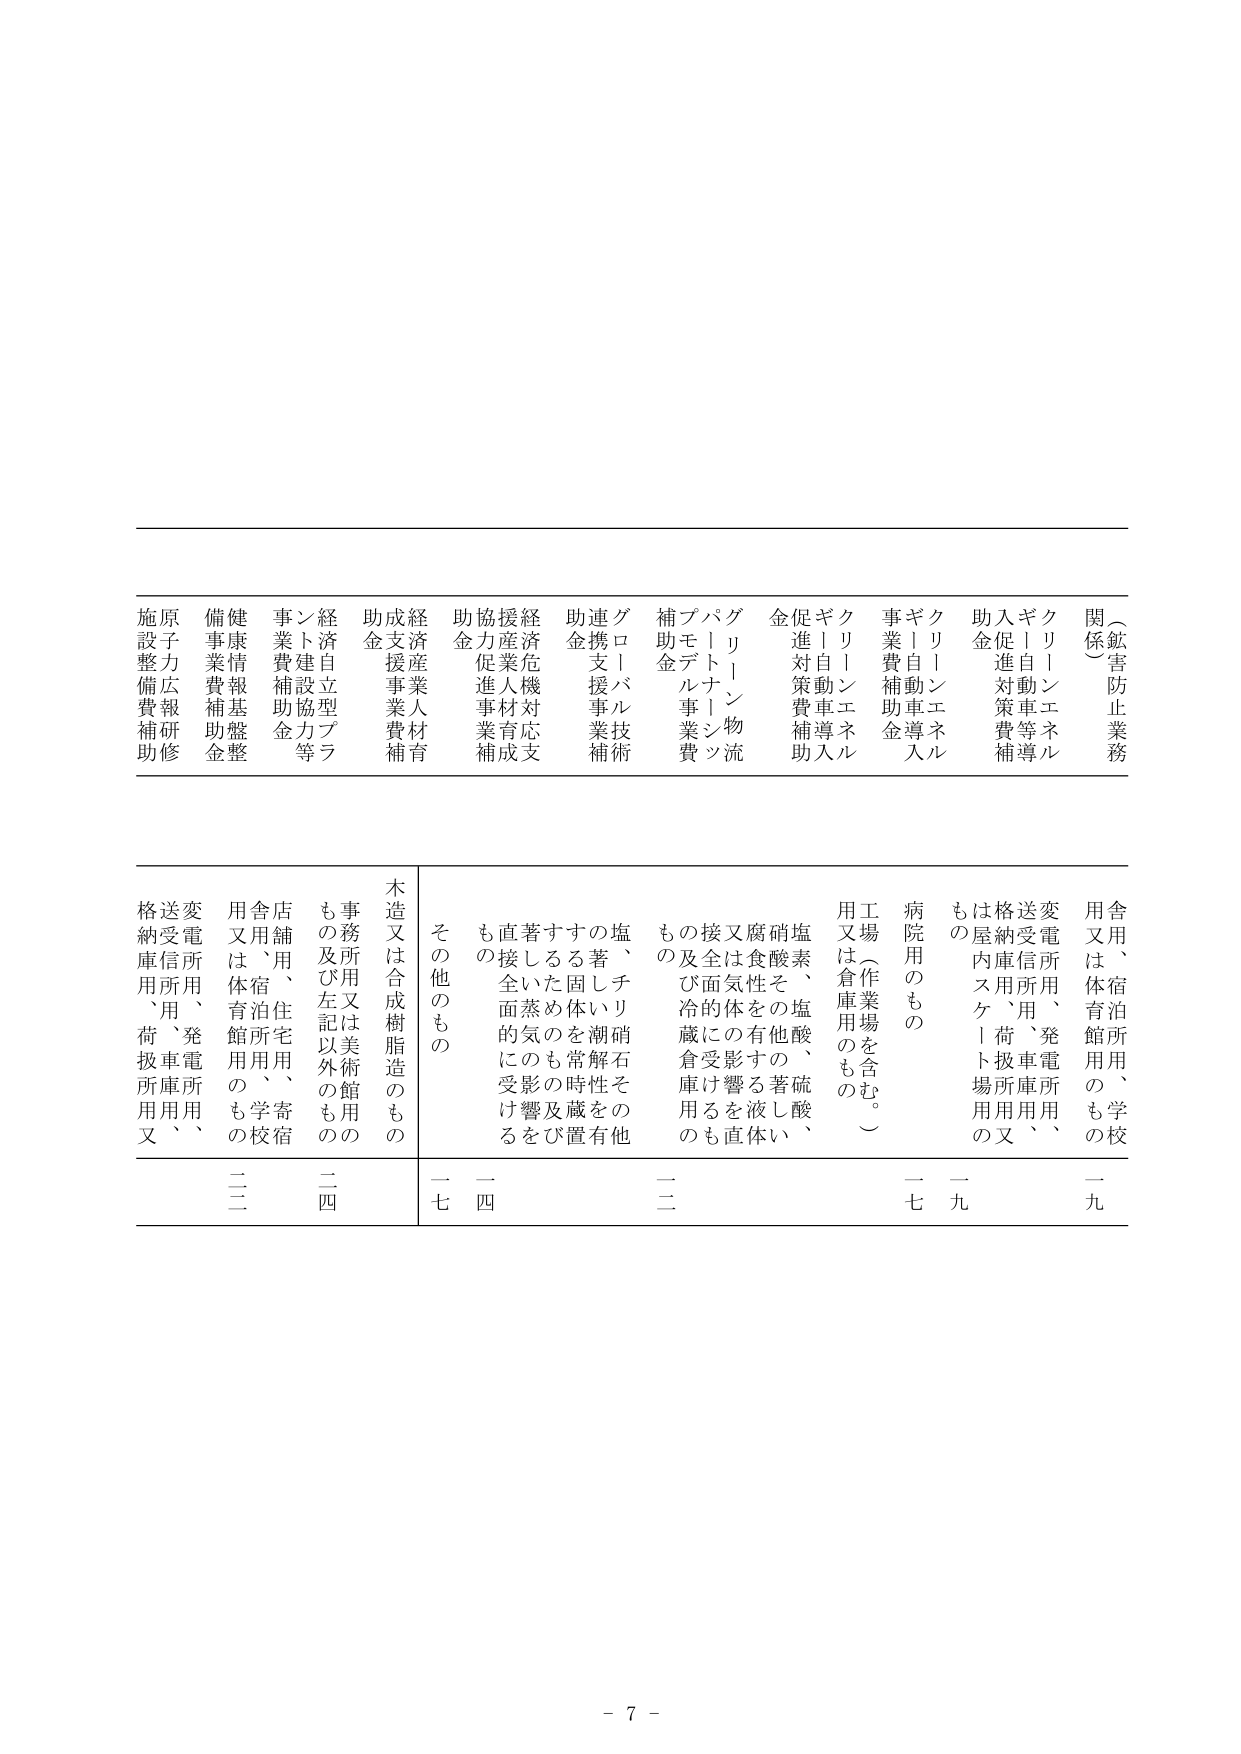
（鉱害防止業務）
関係
クリーンエネルギー
ギリシャ自動車等導入
入金促進対策費補助
助金
クリーンエネルギー
ギリシャ自動車導入
事業費補助金
促進対策費補助
金
グリーン物流
パートナーシップ
補助金
モデル事業費
グローバル技術
連携支援事業補助
金
経済危機対応支援
援助産業人材育成
協力促進事業補助
金
経済産業人材育成
支援事業費補助
金
経済自立型プラ
ント建設協力等
事業費補助金
健康情報基盤整
備事業費補助金
原子力広報研修
施設整備費補助

用舎、体宿泊所用、学校
用舎は体宿泊館用のもの
変電所用、発電所用、
送受信所用、荷扱所用又
格納庫用
一九
一九
病院用のもの
工場（作業場を含む。）
用又は倉庫用のもの
塩素、塩酸、硫酸、硝酸その他
腐食性を有する液体、
又は食気性の有機体、
接全面体に影響を及ぼす
もの及び冷蔵倉庫用のもの
二
一四
その他もの
木造又は合成樹脂造のもの
事務所用又は美術館用の
もの及び左記以外のもの
店舗用、住宅用、寄宿
用舎は体宿泊館用のもの
変電所用、発電所用、
送受信所用、荷扱所用又
格納庫用
二四
二二

- 7 -